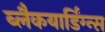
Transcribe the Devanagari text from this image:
ब्लैकयार्डिंग्न्स